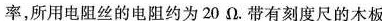
率，所用电阻丝的电阻约为20\Omega。带有刻度尺的木板